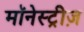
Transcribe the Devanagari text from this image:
मॉनेस्ट्रीज़